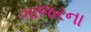
ગાજરના